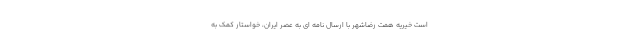
است خیریه همت رضاشهر با ارسال نامه ای به عصر ایران، خواستار کمک به